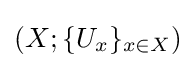
\left({X;\{U_{x}\}_{x\in X}}\right)